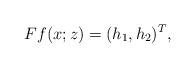
LaTeX: \begin{align*}Ff(x;z)=(h_{1},h_{2})^T,\end{align*}